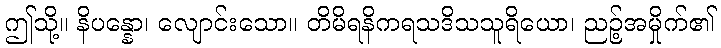
ဤသို့။ နိပန္နော၊ လျောင်းသော။ တိမိရနိကရသဒိသသူရိယော၊ ညဉ့်အမှိုက်၏